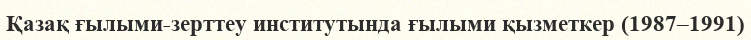
Қазақ ғылыми-зерттеу институтында ғылыми қызметкер (1987–1991)